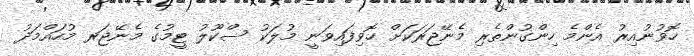
ހޮވުނުއިރު އެންމެ ހިންގުންތެރި މެނޭޖަރަކަށް ހޮވިފައިވަނީ މުލަކު ސްކޫލު ޓީމުގެ މެނޭޖަރ މުހައްމަދު